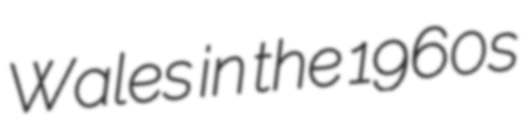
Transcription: Wales in the 1960s